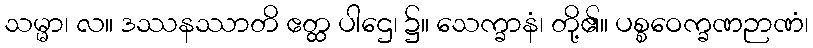
သမ္မာ၊ လ။ ဒဿနဿာတိ ဧတ္ထ ပါဌေ၊ ၌။ သေက္ခာနံ၊ တို့၏။ ပစ္စဝေက္ခဏဉာဏံ၊